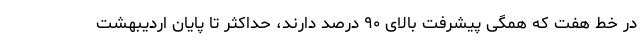
در خط هفت که همگی پیشرفت بالای ۹۰ درصد دارند، حداکثر تا پایان اردیبهشت